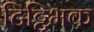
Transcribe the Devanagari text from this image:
टिट्टिभक